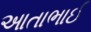
આતાભાઈ